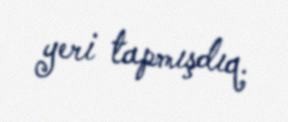
yeri tapmışdıq.